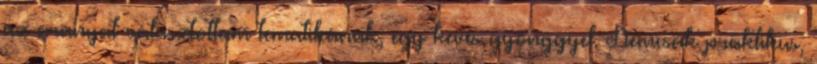
az aranyat választottam tematikának, egy kevés gyönggyel. Nemcsak praktikus,